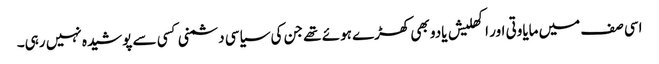
اسی صف میں مایاوتی اور اکھلیش یادو بھی کھڑے ہوئے تھے جن کی سیاسی دشمنی کسی سے پوشیدہ نہیں رہی۔